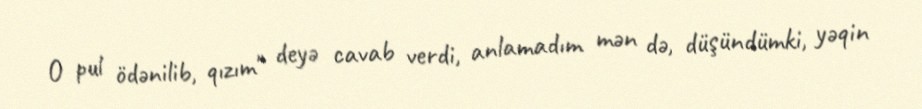
O pul ödənilib, qızım" deyə cavab verdi, anlamadım mən də, düşündümki, yəqin